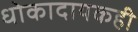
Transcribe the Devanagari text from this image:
धोकादायकही